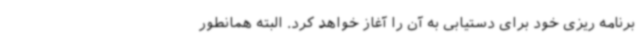
برنامه ریزی خود برای دستیابی به آن را آغاز خواهد کرد. البته همانطور